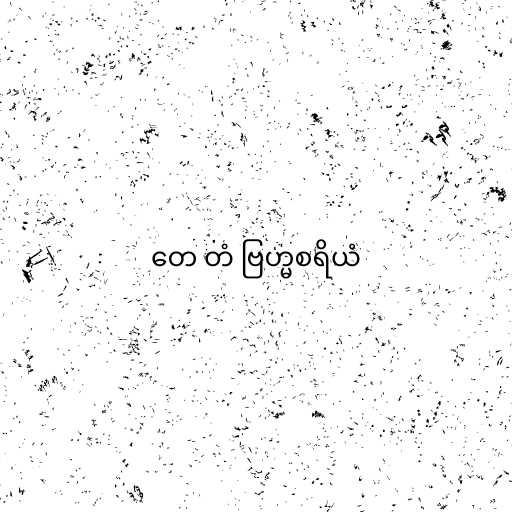
တေ တံ ဗြဟ္မစရိယံ